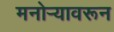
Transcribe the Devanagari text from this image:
मनोर्‍यावरून